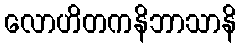
လောဟိတကနိဘာသာနိ